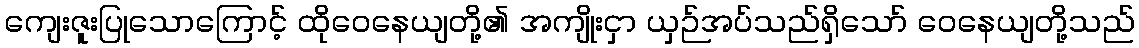
ကျေးဇူးပြုသောကြောင့် ထိုဝေနေယျတို့၏ အကျိုးငှာ ယှဉ်အပ်သည်ရှိသော် ဝေနေယျတို့သည်